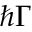
\hbar \Gamma